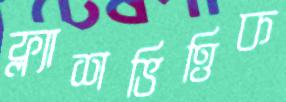
ফ্ল্যাশভিত্তিক